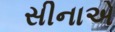
સીનાએ